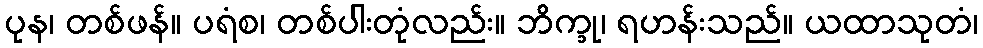
ပုန၊ တစ်ဖန်။ ပရံစ၊ တစ်ပါးတုံလည်း။ ဘိက္ခု၊ ရဟန်းသည်။ ယထာသုတံ၊